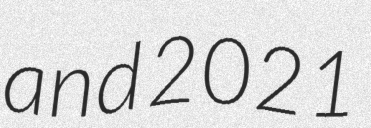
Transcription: and 2021